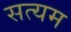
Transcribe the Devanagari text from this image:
सत्यम